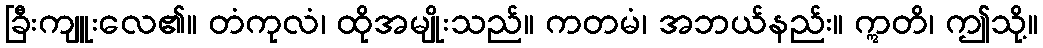
ခြီးကျူးလေ၏။ တံကုလံ၊ ထိုအမျိုးသည်။ ကတမံ၊ အဘယ်နည်း။ ဣတိ၊ ဤသို့။